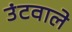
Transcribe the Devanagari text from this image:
उंटवाले